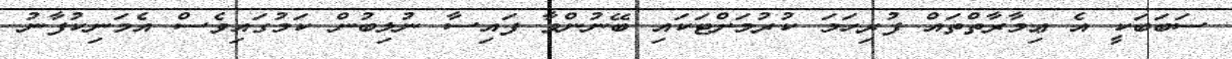
ސަބަބަކީ އެ ޢިމާރާތްތައް ފުރިހަމަ ކުރުމަށްޓަކައި ބޭނުންވާ ފައިސާ ނުލިބުން ކަމުގައިވެސް އެމަނިކުފާނު